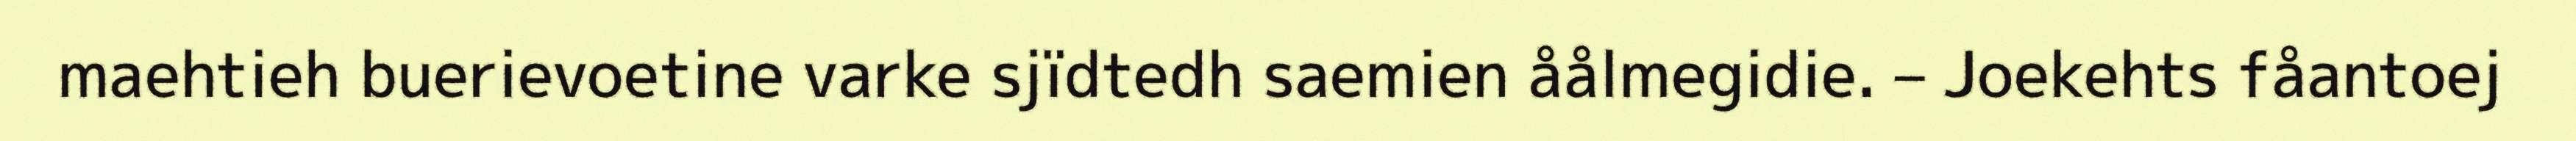
maehtieh buerievoetine varke sjïdtedh saemien åålmegidie. – Joekehts fåantoej